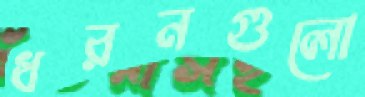
ধরনগুলো